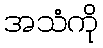
အသံကို